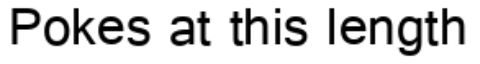
Pokes at this length